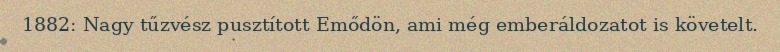
1882: Nagy tűzvész pusztított Emődön, ami még emberáldozatot is követelt.